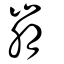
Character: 崩